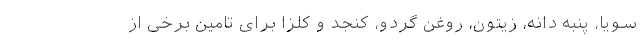
سویا، پنبه دانه، زیتون، روغن گردو، کنجد و کلزا برای تامین برخی از